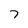
Character: 7